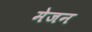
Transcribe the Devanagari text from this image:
मेजन